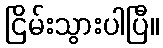
ငြိမ်းသွားပါပြီ။